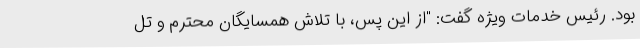
بود. رئیس خدمات ویژه گفت: "از این پس، با تلاش همسایگان محترم و تل